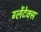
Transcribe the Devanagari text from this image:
ग्लेंटेक्स